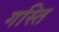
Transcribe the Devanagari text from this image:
गस्ति